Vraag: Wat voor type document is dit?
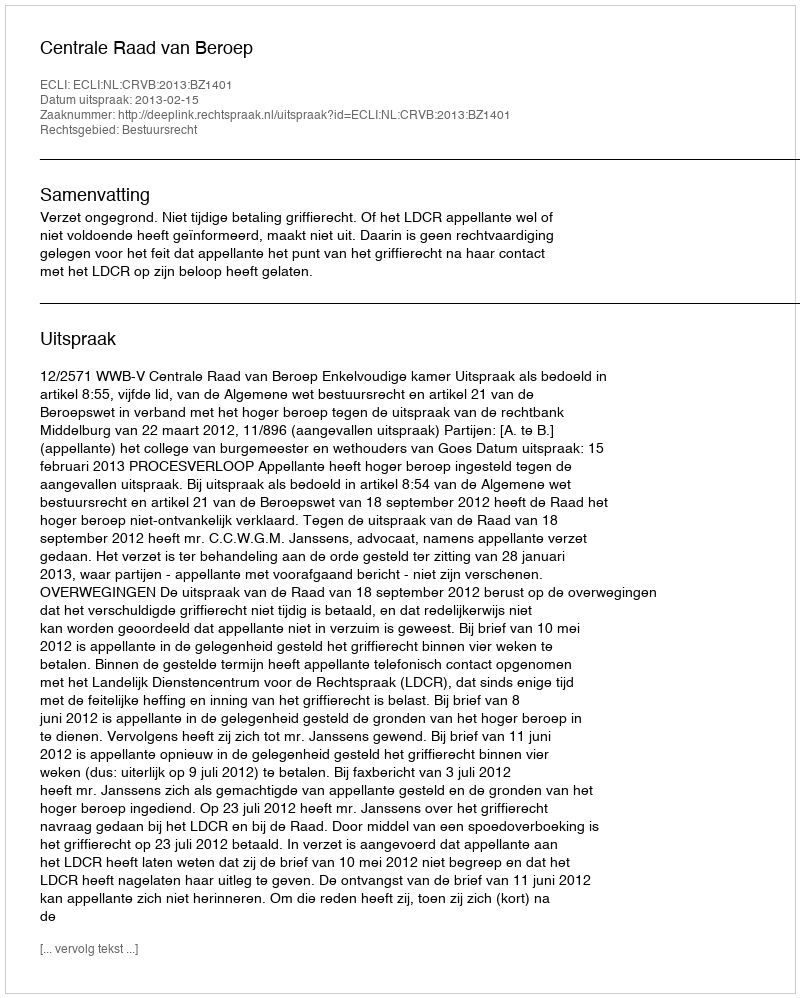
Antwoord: Uitspraak